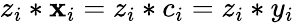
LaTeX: z_{i}*\mathbf{x}_{i}=z_{i}*c_{i}=z_{i}*y_{i}